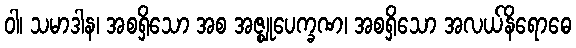
ဝါ၊ သမာဒါန၊ အစရှိသော အစ အဇ္ဈုပေက္ခဏ၊ အစရှိသော အလယ်နိရောဓေ